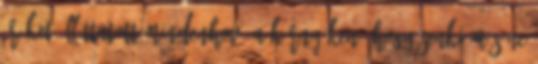
őröket állíttatott mindenhová a környéken, hogy senki más ne